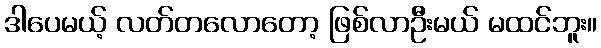
ဒါပေမယ့် လတ်တလောတော့ ဖြစ်လာဦးမယ် မထင်ဘူး။